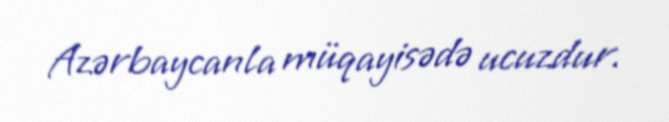
Azərbaycanla müqayisədə ucuzdur.